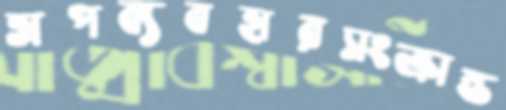
অপব্যবহারসংক্রান্ত